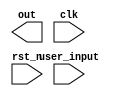
//copilot mean_prob: 0.48256060257990085
//This file was assembled by gen.py, written by redactedAuthorFirstname redactedAuthorLastname.
//FSM with combined next state and output logic
module fsm(out, user_input, clk, rst_n);

input [2:0] user_input;
input clk, rst_n;
output reg [2:0] out;
reg [1:0] state_reg,state_next;

//sequential part
always @ (posedge clk or negedge rst_n )
    begin
        if (!rst_n)
        state_reg <= 2'h0;
        else
        state_reg <= state_next;
    end

//next state and output logic
//-copilot next line-
//copilot mean_prob: 0.48256060257990085

//1. state table
always @(posedge clk or negedge rst_n) begin
    if (rst_n == 0)
    state_next <= 2'b0;
    else if (user_input == 0)
    state_next <= 2'b1;
    else
    state_next <= 2'b1;
end


endmodule